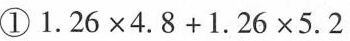
① $$1 . 2 6 \times 4 . 8 + 1 .2 6 \times 5 . 2$$